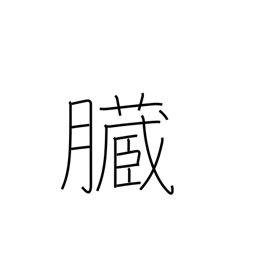
Meaning: bowels